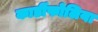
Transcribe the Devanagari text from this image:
कार्डीफोलिया